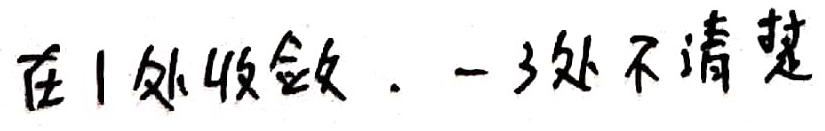
在1处收敛. -3处不清楚